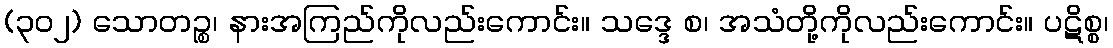
(၃၀၂) သောတဉ္စ၊ နားအကြည်ကိုလည်းကောင်း။ သဒ္ဒေ စ၊ အသံတို့ကိုလည်းကောင်း။ ပဋိစ္စ၊